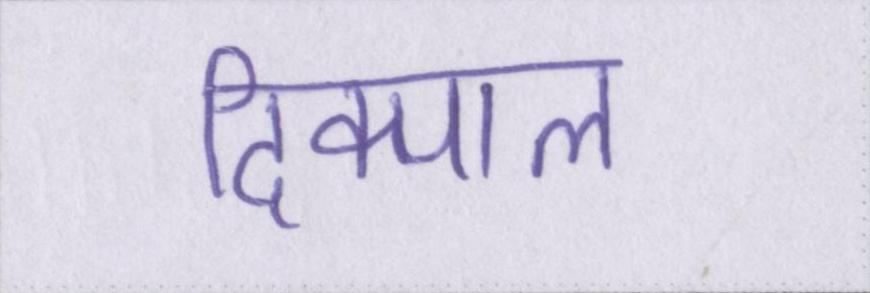
दिक्पाल